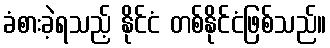
ခံစားခဲ့ရသည့် နိုင်ငံ တစ်နိုင်ငံဖြစ်သည်။